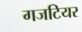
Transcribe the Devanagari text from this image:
गजटियर